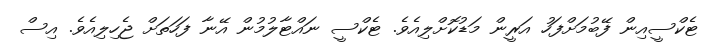
ޓެކްސީއިން ފޭބުމަށްފަހު އަރީން މަޑުކޮށްލިއެވެ. ޓެކްސީ ނައްޓާލުމުން އޭނާ ފަހަތަށް ޖެހިލިއެވެ. އިސް